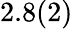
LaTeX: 2.8(2)